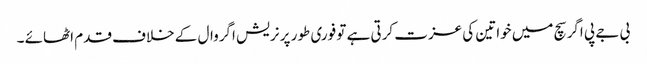
بی جے پی اگر سچ میں خواتین کی عزت کرتی ہے تو فوری طور پر نریش اگروال کے خلاف قدم اٹھائے ۔